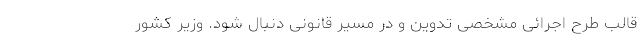
قالب طرح اجرائی مشخصی تدوین و در مسیر قانونی دنبال شود. وزیر کشور